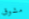
مشوق